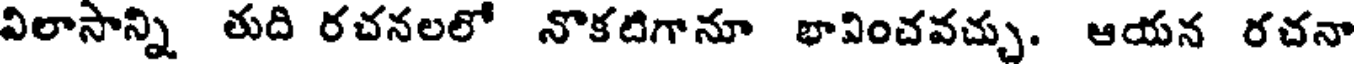
విలాసాన్ని తుది రచనలలో నొకటిగానూ భావించవచ్చు. ఆయన రచనా